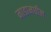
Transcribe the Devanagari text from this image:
नाडामघील